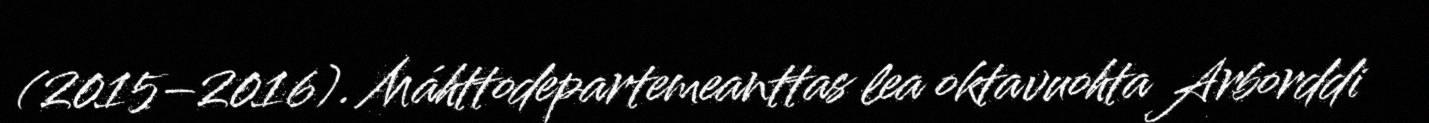
(2015–2016). Máhttodepartemeanttas lea oktavuohta Arborddi